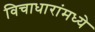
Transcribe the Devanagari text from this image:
विचाधारांमध्ये